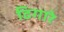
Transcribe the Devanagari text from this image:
ढिगारे